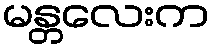
မန္တလေးက